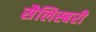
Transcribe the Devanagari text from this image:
सैलिस्बरी